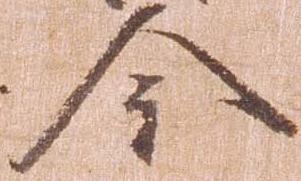
今